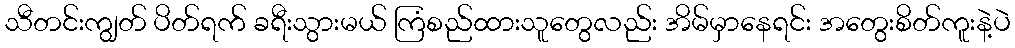
သီတင်းကျွတ် ပိတ်ရက် ခရီးသွားမယ် ကြံစည်ထားသူတွေလည်း အိမ်မှာနေရင်း အတွေးစိတ်ကူးနဲ့ပဲ